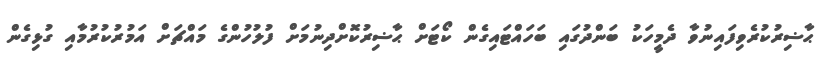
ޙާޟިރުކުރެވިފައިނުވާ ދެމީހަކު ބަންދުގައި ބަހައްޓައިގެން ކޯޓަށް ޙާޟިރުކޮށްދިނުމަށް ފުލުހުންގެ މައްޗަށް އަމުރުކުރުމާއި ގުޅިގެން